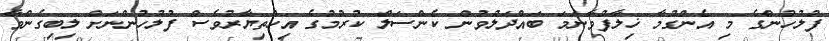
ފުލުހުންގެ މި އެންގުމާ ޚިލާފުވާނަމަ ބައްދަލުވުން ކެންސަލް ކުރުމުގެ އިހްތިޔާރުވެސް ފުލުހުންނަށް ލިބިގެންވާ